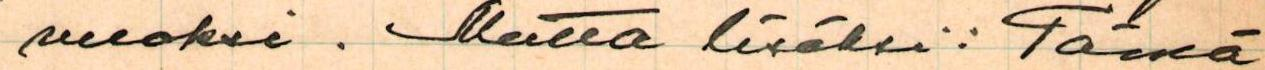
vuoksi. Mutta lisäksi: Tämä